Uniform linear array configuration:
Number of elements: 8
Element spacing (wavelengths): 1
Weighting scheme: binomial
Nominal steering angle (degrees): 45
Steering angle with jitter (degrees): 44.037
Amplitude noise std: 0.05
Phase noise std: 0.05

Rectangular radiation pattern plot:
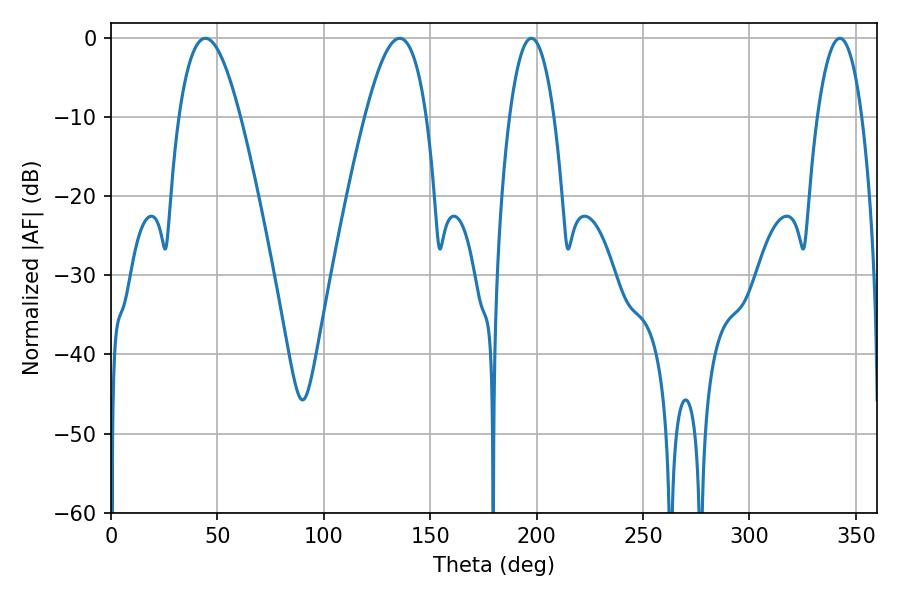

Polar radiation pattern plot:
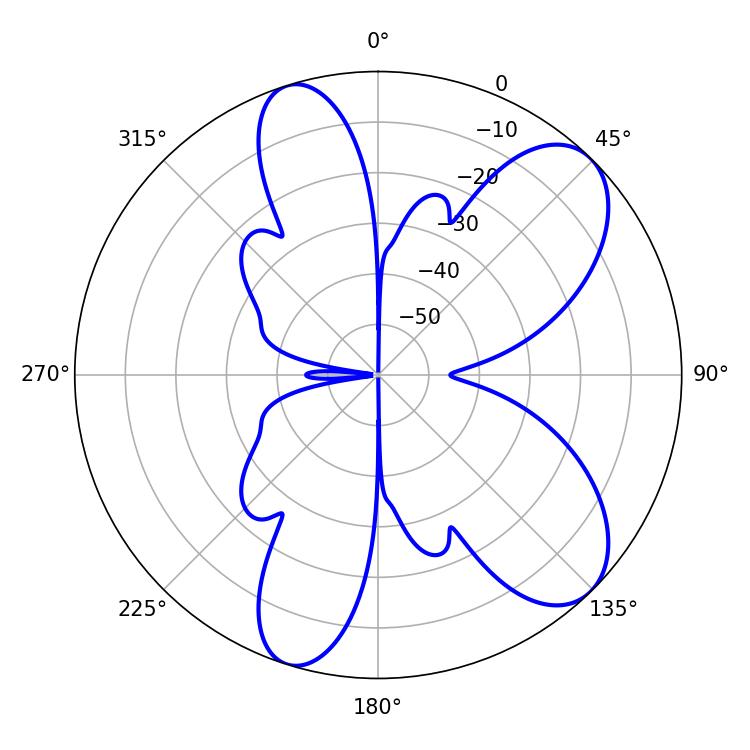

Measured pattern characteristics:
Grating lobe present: TRUE
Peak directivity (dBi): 8.415
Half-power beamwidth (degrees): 11.7
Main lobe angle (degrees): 197.46